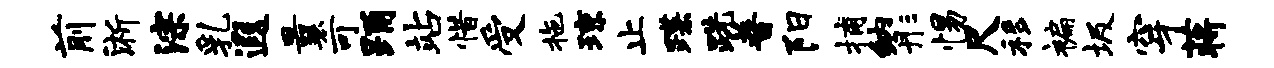
前淅淙乳遐曩可踊站惜受拖琼止蹀跣普阳捕纳彤惕尺移褊圾穿蒋